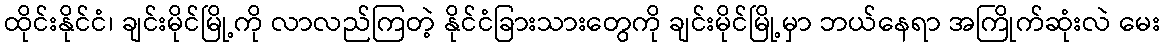
ထိုင်းနိုင်ငံ၊ ချင်းမိုင်မြို့ကို လာလည်ကြတဲ့ နိုင်ငံခြားသားတွေကို ချင်းမိုင်မြို့မှာ ဘယ်နေရာ အကြိုက်ဆုံးလဲ မေး